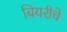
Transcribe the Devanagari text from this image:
बियरीचे